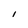
Character: I